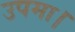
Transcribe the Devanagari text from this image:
उपमा।